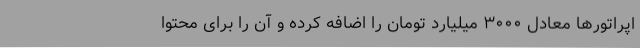
اپراتورها معادل ۳۰۰۰ میلیارد تومان را اضافه کرده و آن را برای محتوا